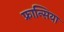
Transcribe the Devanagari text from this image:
फ्रान्सिया